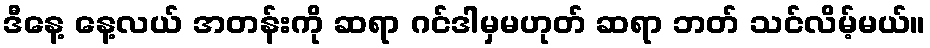
ဒီနေ့ နေ့လယ် အတန်းကို ဆရာ ဂင်ဒါမှမဟုတ် ဆရာ ဘတ် သင်လိမ့်မယ်။